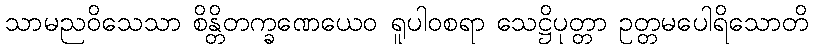
သာမညဝိသေသာ စိန္တိတက္ခဏေယေဝ ရူပါဝစရာ သေဋ္ဌိပုတ္တာ ဥတ္တမပေါရိသောတိ